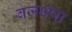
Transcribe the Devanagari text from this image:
ब्रजभषा